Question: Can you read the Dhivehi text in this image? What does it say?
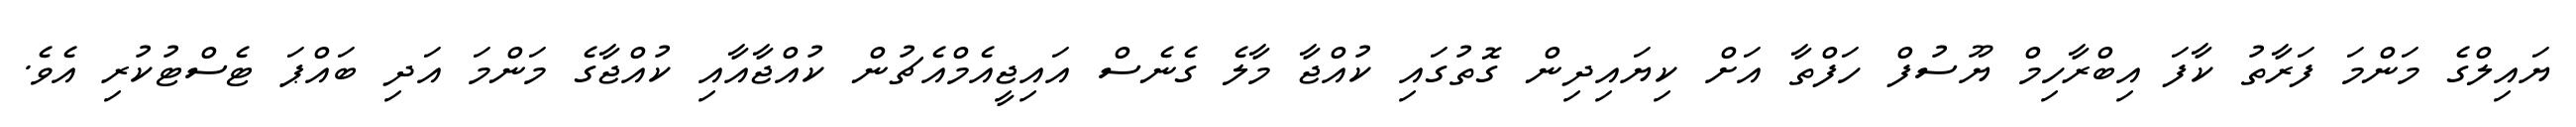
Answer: ޔައިލްގެ މަންމަ ފަރާތު ކާފަ އިބްރާހިމް ޔޫސުފް ހަފްތާ އަށް ކިޔައިދިން ގޮތުގައި ކުއްޖާ މާލެ ގެނެސް އައިޖީއެމްއެޗުން ކުއްޖާއާއި ކުއްޖާގެ މަންމަ އަދި ބައްޕަ ޓެސްޓުކުރި އެވެ.